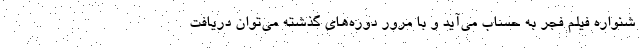
شنواره فیلم فجر به حساب می‌آید و با مرور دوره‌های گذشته می‌توان دریافت